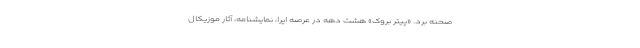
صحنه برد. «پیتر بروک» هشت دهه در عرصه اپرا، نمایشنامه، آثار موزیکال